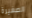
الصغيرة